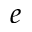
e